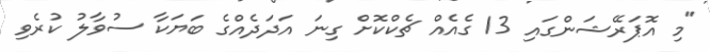
"މި އޮޕަރޭޝަންގައި 13 ގެއެއް ޗެކްކޮށް ގިނަ އަދަދެއްގެ ބަޔަކާ ސުވާލު ކުރެވި